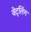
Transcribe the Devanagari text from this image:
वेट्लिंग